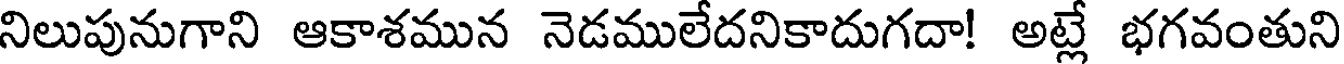
నిలుపునుగాని ఆకాశమున నెడములేదనికాదుగదా! అట్లే భగవంతుని